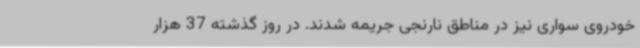
خودروی سواری نیز در مناطق نارنجی جریمه شدند. در روز گذشته 37 هزار